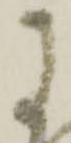
に